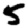
Digit: 5